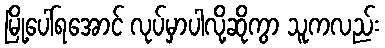
မြို့ပေါ်ရအောင် လုပ်မှာပါလို့ဆိုကွာ သူကလည်း